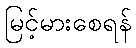
မြင့်မားစေရန်